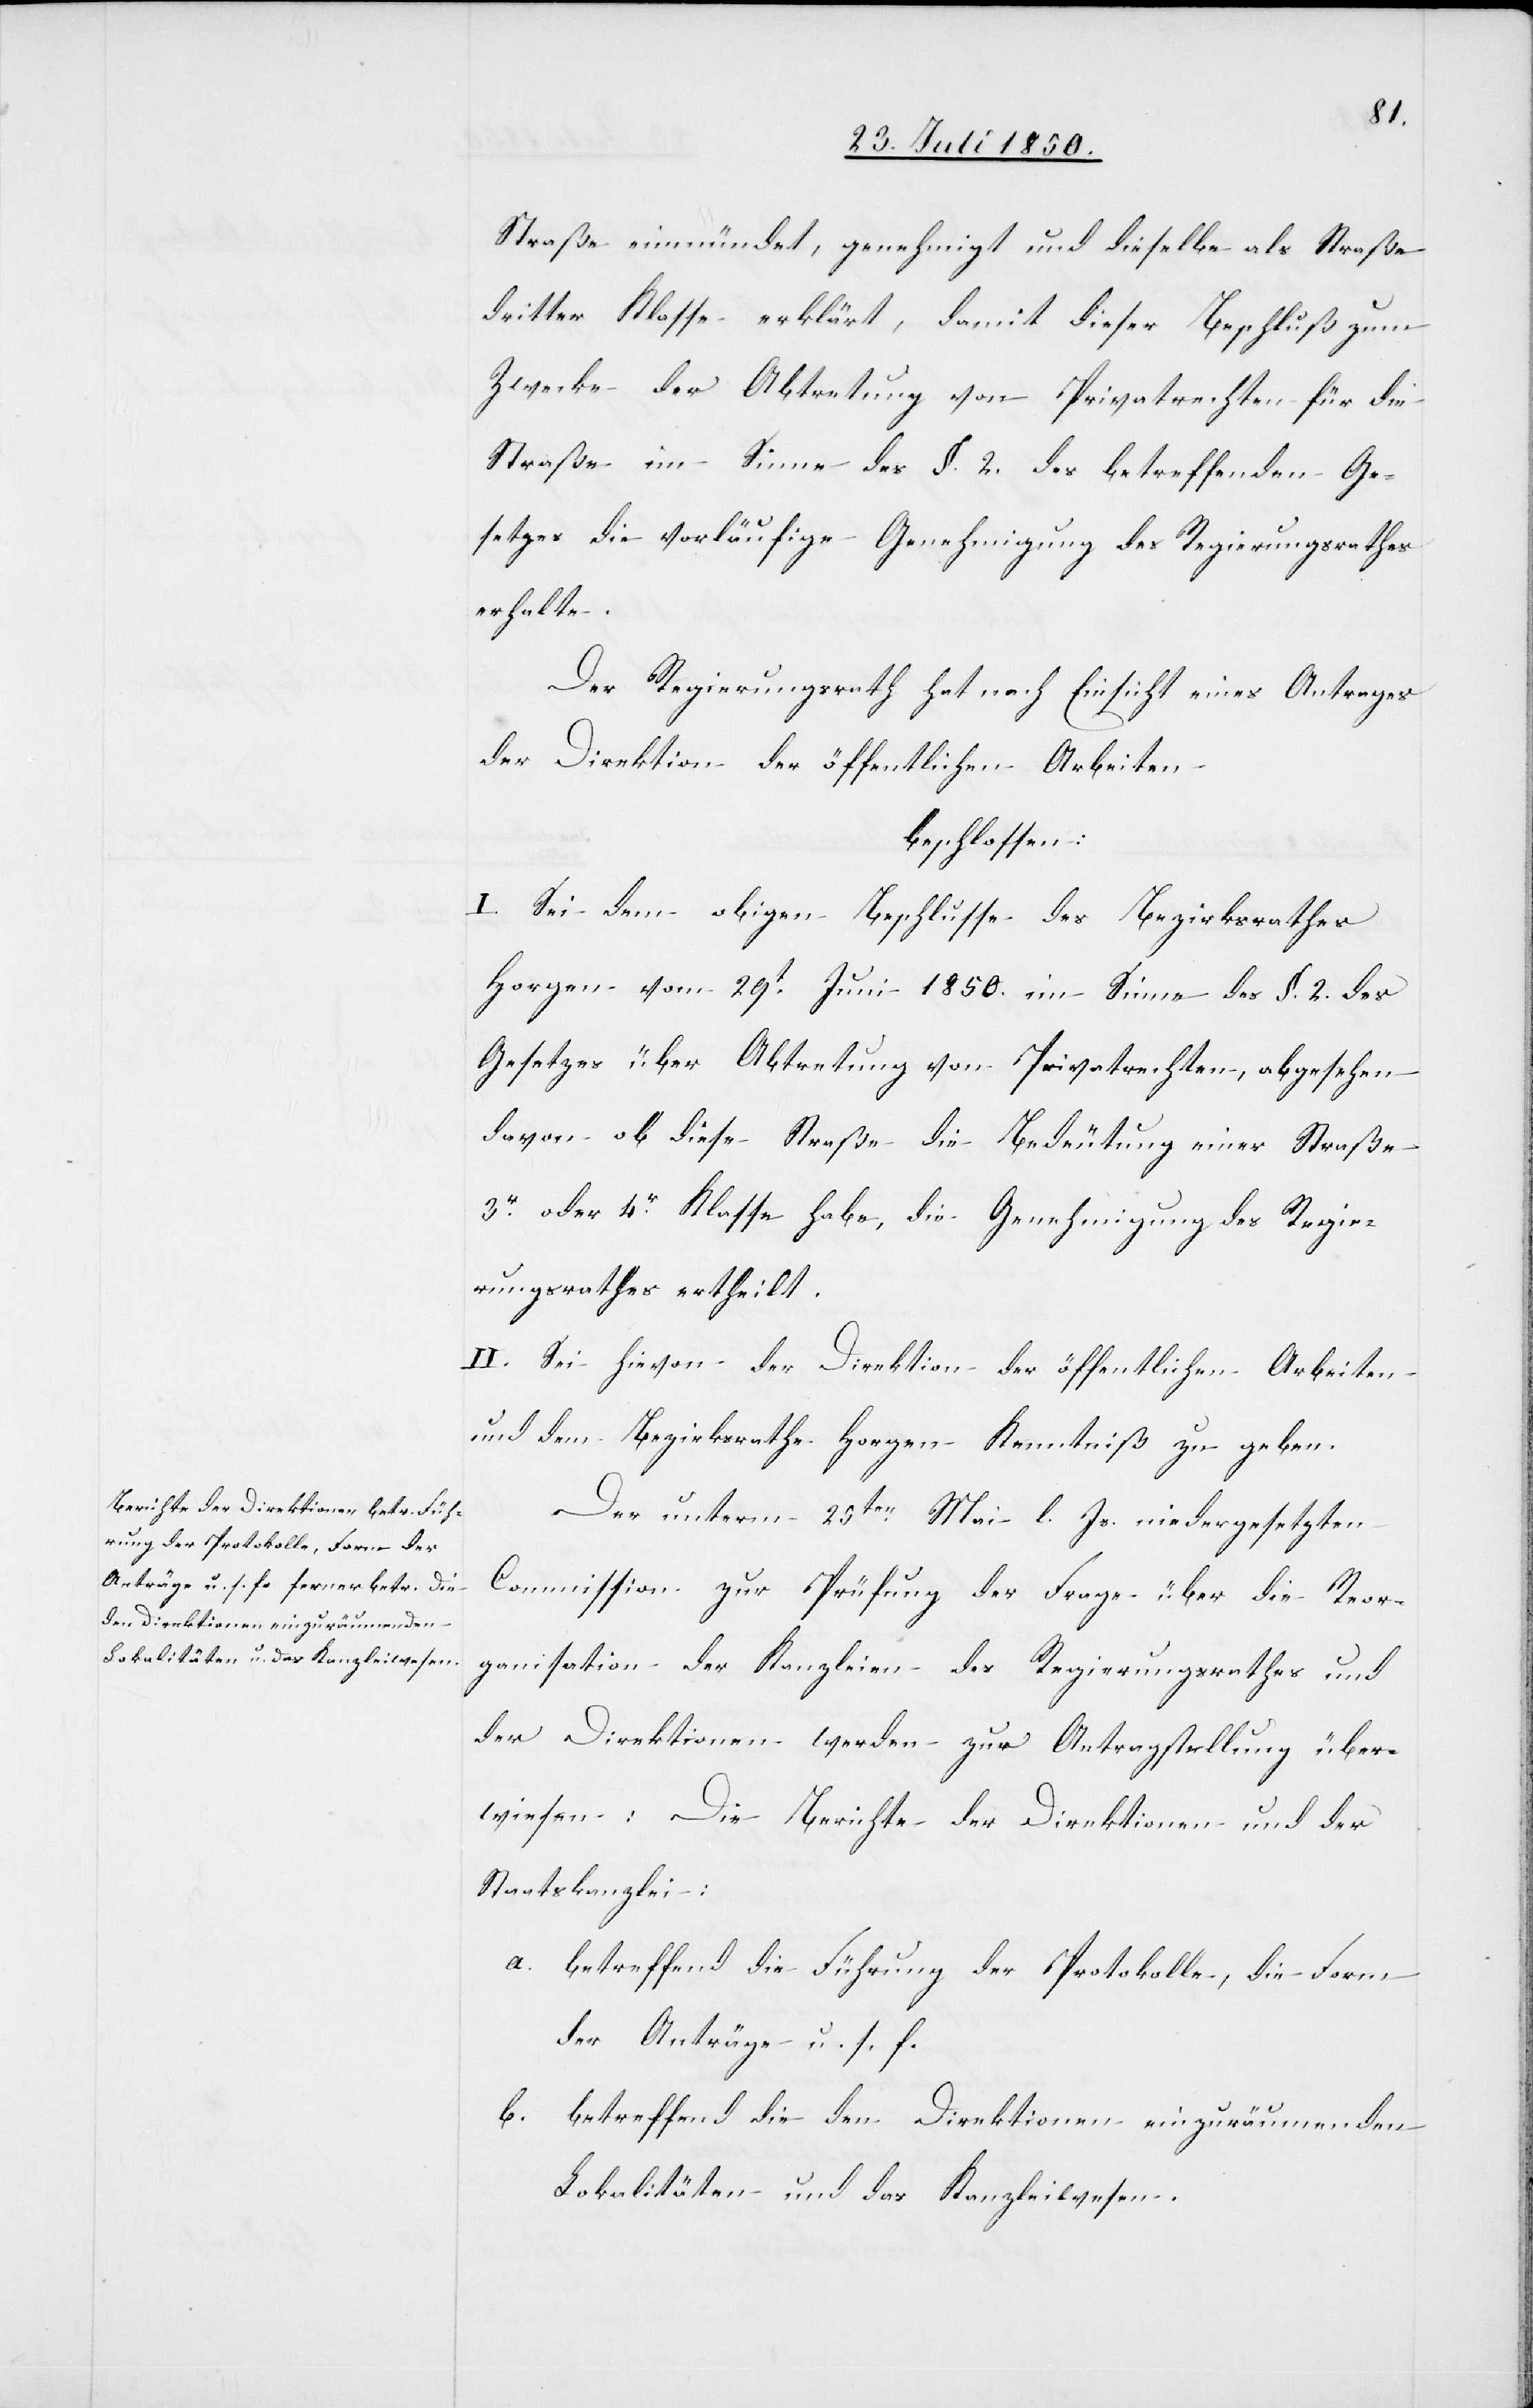
Straße einmündet, genehmigt und dieselbe als Straße
dritter Klasse erklärt, damit dieser Beschluß zum
Zwecke der Abtretung von Privatrechten für die
Straße im Sinne des §. 2. des betreffenden Ge¬
setzes die vorläufige Genehmigung des Regierungsrathes
erhalte.
Der Regierungsrath hat nach Einsicht eines Antrages
der Direktion der öffentlichen Arbeiten
beschlossen:
I. Sei dem obigen Beschlusse des Bezirksrathes
Horgen vom 29t Juni 1850. im Sinne des §. 2. des
Gesetzes über Abtretung von Privatrechten, abgesehen
davon ob diese Straße die Bedeutung einer Straße
3r oder 4r Klasse habe, die Genehmigung des Regie¬
rungsrathes ertheilt.
II. Sei hievon der Direktion der öffentlichen Arbeiten
und dem Bezirksrath Horgen Kenntniß zu geben.
Der unterm 25ten Mai l. Js. niedergesetzten
Commission zur Prüfung der Frage über die Reor¬
ganisation der Kanzleien des Regierungsrathes und
der Direktionen werden zur Antragstellung über¬
wiesen: Die Berichte der Direktionen und der
Staatskanzlei:
a. betreffend die Führung der Protokolle, die Form
der Anträge u. s. f.
b. betreffend die den Direktionen einzuräumenden
Lokalitäten und das Kanzleiwesen.